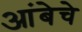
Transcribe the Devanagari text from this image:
आंबेचे